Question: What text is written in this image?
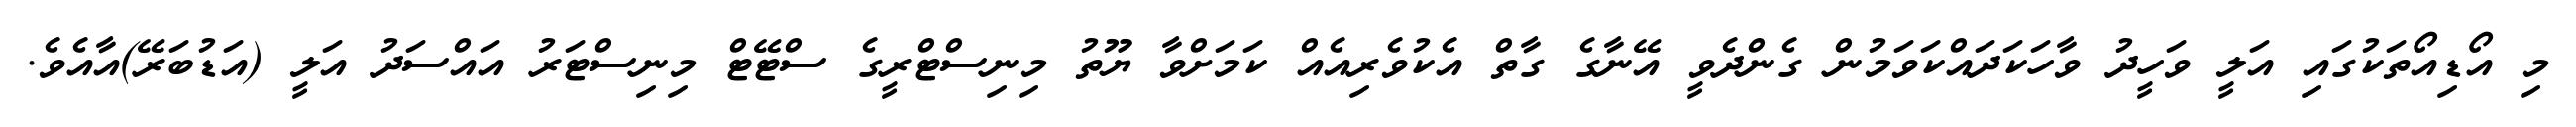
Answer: މި އޯޑިއޯތަކުގައި އަލީ ވަހީދު ވާހަކަދައްކަވަމުން ގެންދެވީ އޭނާގެ ގާތް އެކުވެރިއެއް ކަމަށްވާ ޔޫތު މިނިސްޓްރީގެ ސްޓޭޓް މިނިސްޓަރު އައްސަދު އަލީ (އަޑުބަރޭ)އާއެވެ.